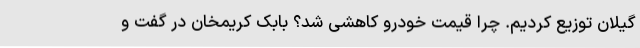
گیلان توزیع کردیم. چرا قیمت خودرو کاهشی شد؟ بابک کریمخان در گفت و